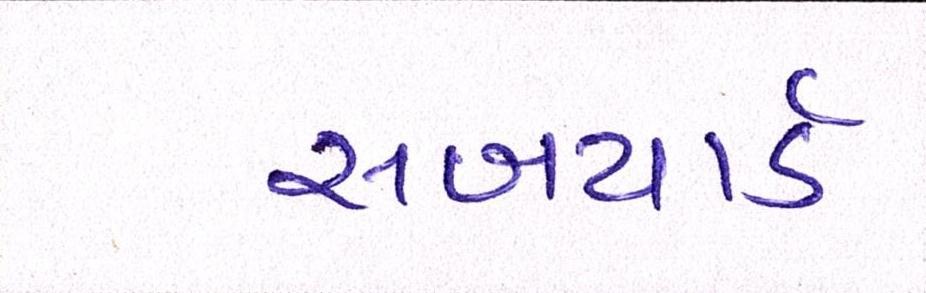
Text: સબયાર્ડ